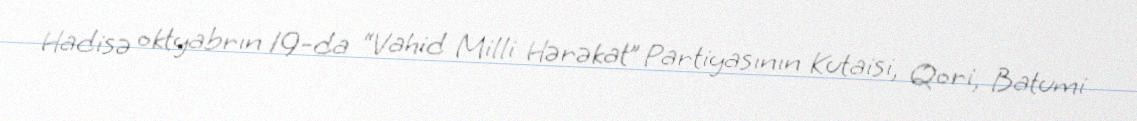
Hadisə oktyabrın 19-da “Vahid Milli Hərəkat” Partiyasının Kutaisi, Qori, Batumi